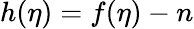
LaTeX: h(\eta)=f(\eta)-n